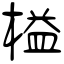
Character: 榏